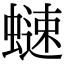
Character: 𧐒